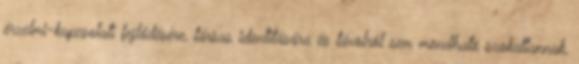
érzelmi-kapcsolati fejlődésére, társas identitására és távolról sem mondható szokatlannak,